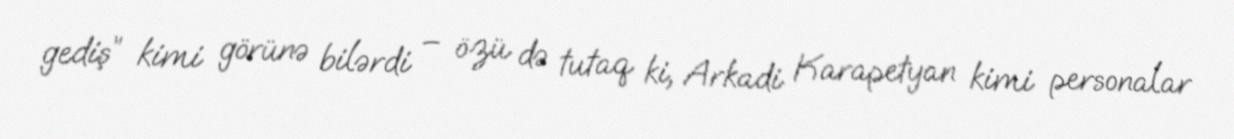
gediş” kimi görünə bilərdi – özü də tutaq ki, Arkadi Karapetyan kimi personalar